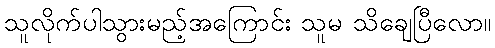
သူလိုက်ပါသွားမည့်အကြောင်း သူမ သိချေပြီလော။